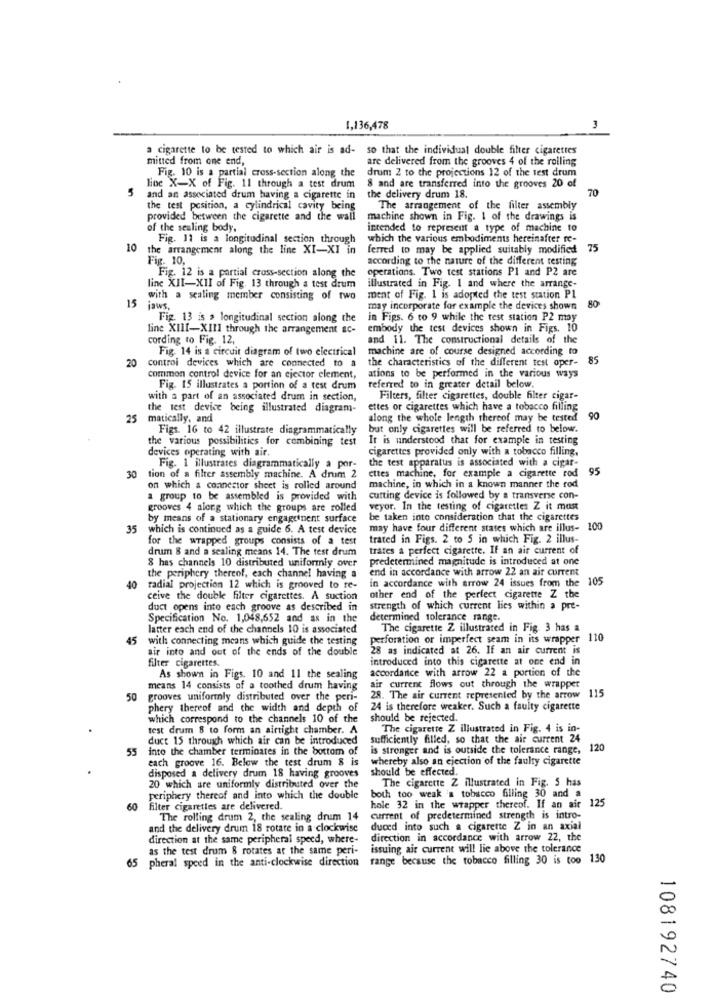
1,136,478
a cigarette to be tested to which air is ad-
so that the individual double filter cigarettes
mitted from one end,
are delivered from the grooves 4 of the rolling
Fig. 10 is a partial cross-section along the
drum 2 to the projections 12 of the test drum
8 and are transferred into the grooves 20 of
5
line X-X of Fig. 11 through a test drum
70
and an associated drum having a cigarette in
the delivery drum 18.
the test position, a cylindrical cavity being
The arrangement of the filter assembly
provided between the cigarette and the wall
machine shown in Fig. 1 of the drawings is
of the sealing body,
intended to represent a type of machine to
Fig. 11 is a longitudinal section through
which the various embodiments hereinafter re-
10
the arrangement along the line XI-XI in
ferred to may be applied suitably modified
75
Fig. 10,
according to the nature of the different testing
Fig. 12 is a partial cross-section along the
operations. Two test stations Pl and P2 are
line XII-XII of Fig. 13 through a test drum
illustrated in Fig. 1 and where the arrange-
with a sealing member consisting of two
ment of Fig. 1 is adopted the test station Pl
15 jaws,
may incorporate for example the devices shown
80
Fig. 13 is a longitudinal section along the
in Figs. 6 to 9 while the test station P2 may
line XIII-XIII through the arrangement ac-
embody the test devices shown in Figs. 10
cording to Fig. 12,
and 11. The constructional details of the
Fig. 14 is a circuit diagram of two electrical
machine are of course designed according to
20 control devices which are connected to a
the characteristics of the different test oper-
85
common control device for an ejector element,
ations to be performed in the various ways
Fig. 15 illustrates a portion of a test drum
referred to in greater detail below.
with a part of an associated drum in section,
Filters, filter cigarettes, double filter cigar-
the test device being illustrated diagram-
ettes or cigarettes which have a tobacco filling
25 matically, and
along the whole length thereof may be tested
90
Figs. 16 to 42 illustrate diagrammatically
but only cigarettes will be referred to below.
the various possibilities for combining test
It is understood that for example in testing
devices operating with air.
cigarettes provided only with a tobacco filling,
the test apparatus is associated with a cigar-
30
Fig. 1 illustrates diagrammatically a por-
ettes machine, for example a cigarette rod 95
tion of a filter assembly machine. A drum 2
on which a connector sheet is rolled around
machine, in which in a known manner the rod
a group to be assembled is provided with
cutting device is followed by a transverse con-
grooves 4 along which the groups are rolled
veyor. In the testing of cigarettes Z it mas
by means of a stationary engagement surface
be taken into consideration that the cigarettes
35
which is continued as a guide 6. A test device
may have four different states which are illus- 100
for the wrapped groups consists of a test
trated in Figs. 2 to S in which Fig. 2 illus-
drum 8 and a sealing means 14. The test drum
trates a perfect cigarette. If an air current of
8 has channels 10 distributed uniformly over
predetermined magnitude is introduced at one
end in accordance with arrow 22 an air current
40
the periphery thereof, each channel having a
in accordance with arrow 24 issues from the 105
radial projection 12 which is grooved to re-
ceive the double filter cigarettes. A suction
other end of the perfect cigarette Z the
duct opens into each groove as described in
strength of which current lies within a pre-
Specification No. 1,048,652 and as in the
determined tolerance range.
latter each end of the channels 10 is associated
The cigarette Z illustrated in Fig. 3 has a
45
with connecting means which guide the testing
perforation or imperfect seam in its wrapper 110
air into and out of the ends of the double
28 as indicated at 26. If an air current is
filter cigarettes.
introduced into this cigarette at one end in
accordance with arrow 22 a portion of the
As shown in Figs. 10 and 11 the sealing
means 14 consists of a toothed drum having
air current flows out through the wrapper
115
50
grooves uniformly distributed over the peri-
28. The air current represented by the arrow
phery thereof and the width and depth of
24 is therefore weaker. Such a faulty cigarette
which correspond to the channels 10 of the
should be rejected.
test drum 8 to form an airtight chamber. A
The cigarette Z illustrated in Fig. 4 is in-
duct 15 through which air can be introduced
sufficiently filled, so that the air current 24
55
into the chamber terminates in the bottom of
is stronger and is outside the tolerance range, 120
each groove 16. Below the test drum & is
whereby also an ejection of the faulty cigarette
should be effected.
disposed a delivery drum 18 having grooves
The cigarette Z illustrated in Fig. 5 has
20 which are uniformly distributed over the
periphery thereof and into which the double
both too weak 'a tobacco filling 30 and a
60
filter cigarettes are delivered.
hole 32 in the wrapper thereof. If an air 125
The rolling drum 2, the sealing drum 14
current of predetermined strength is intro-
and the delivery drum 18 rotate in a clockwise
duced into such a cigarette Z in an axial
direction at the same peripheral speed, where-
direction in accordance with arrow 22, the
as the test drum 8 rotates at the same peri-
issuing air current will lie above the tolerance
65 pheral speed in the anti-clockwise direction
range because the tobacco filling 30 is too 130
108192740